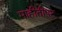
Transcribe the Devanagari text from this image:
माहीतीपट